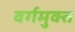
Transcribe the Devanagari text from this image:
वर्गमुक्त